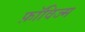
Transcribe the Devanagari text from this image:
फ़ॉविज्म